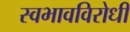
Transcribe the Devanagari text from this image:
स्वभावविरोधी